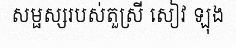
សម្ផស្សរបស់តួស្រី សៀវ ឡុង